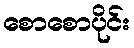
စောစောပိုင်း